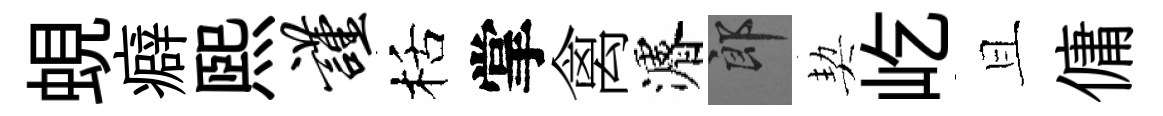
蜆癖煕谨栝掌禽濬郎契屹且傭